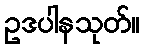
ဥဒပါနသုတ်။